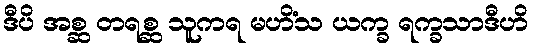
ဒီပိ အစ္ဆ တရစ္ဆ သူကရ မဟိံသ ယက္ခ ရက္ခသာဒီဟိ